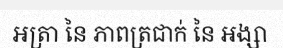
អត្រា នៃ ភាពត្រជាក់ នៃ អង្សា